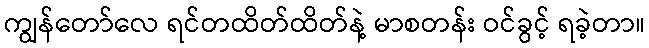
ကျွန်တော်လေ ရင်တထိတ်ထိတ်နဲ့ မာစတန်း ဝင်ခွင့် ရခဲ့တာ။